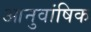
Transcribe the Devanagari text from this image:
आनुवांषिक